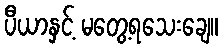
ပီယာနှင့် မတွေ့ရသေးချေ။